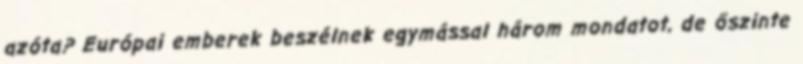
azóta? Európai emberek beszélnek egymással három mondatot, de őszinte